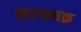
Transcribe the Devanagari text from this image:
नाटकचक्र